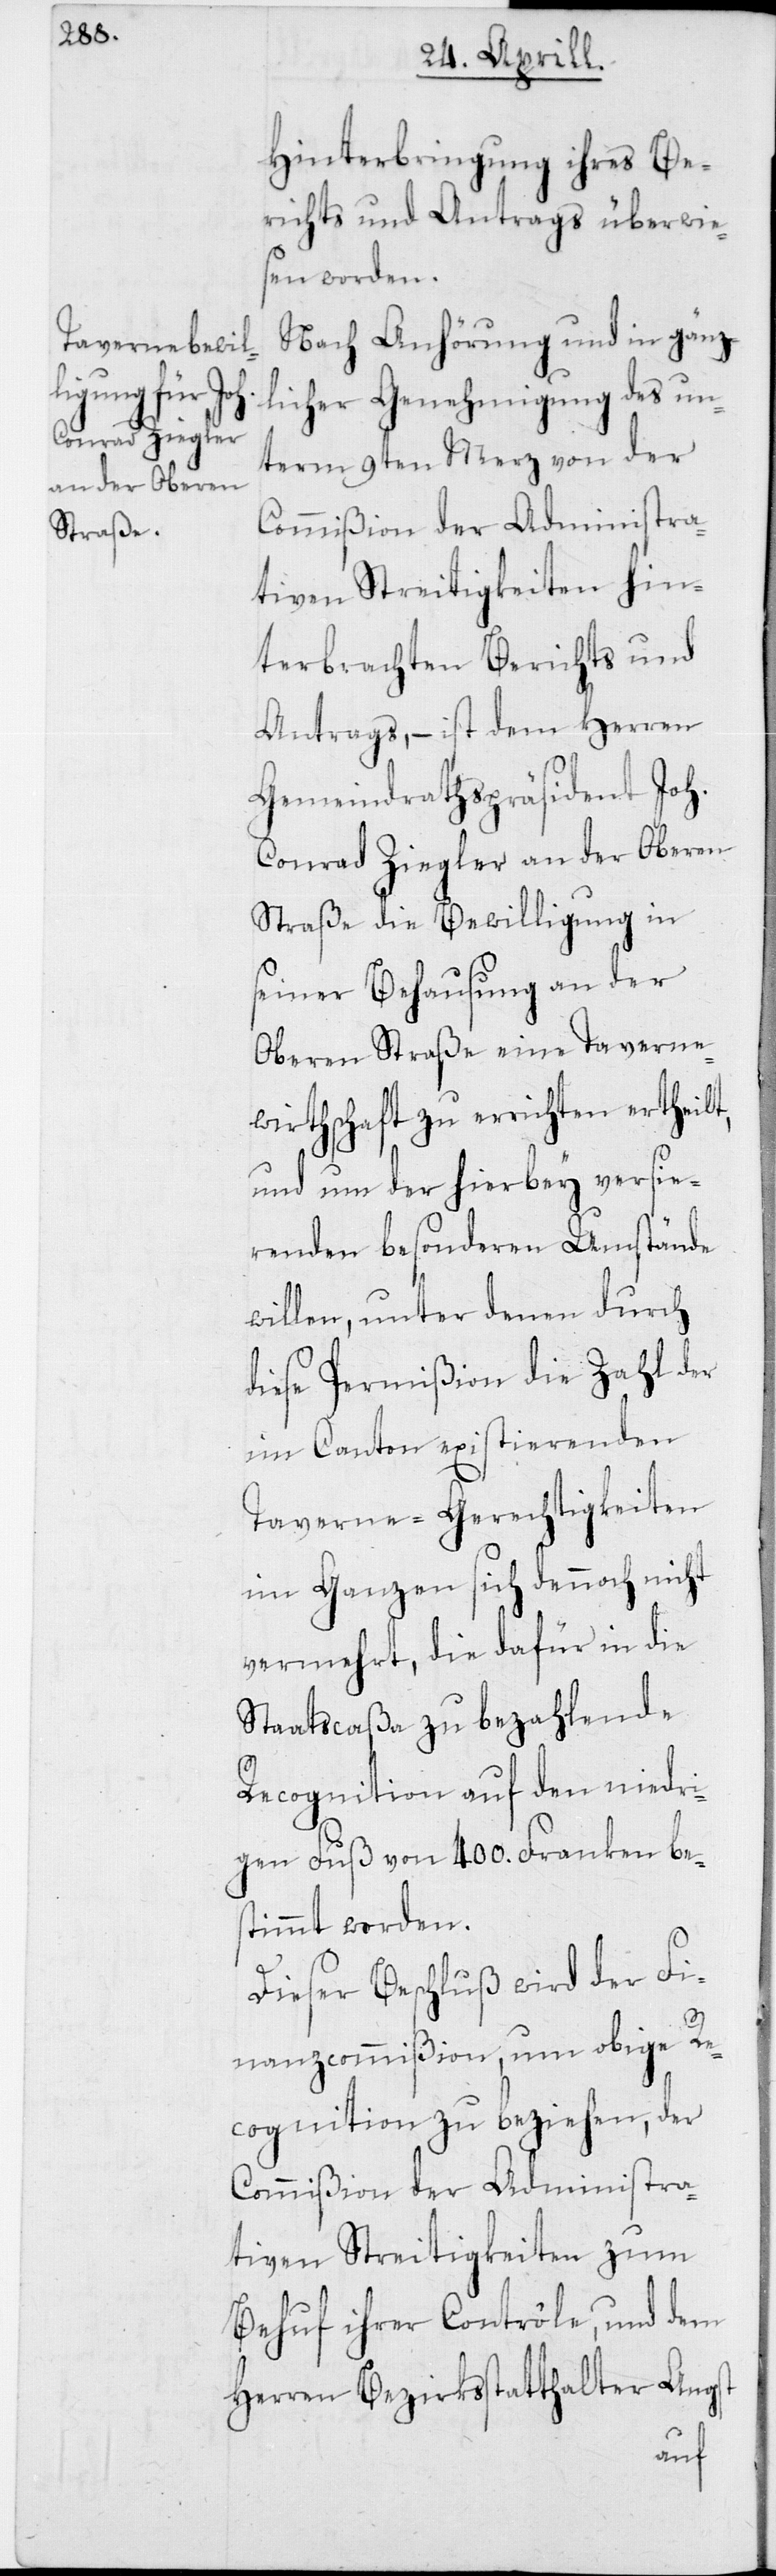
Hinterbringung ihres Be¬
richts und Antrags überwie¬
sen worden.
Nach Anhörung und in gänz¬
licher Genehmigung des un¬
term 9ten Merz von der
Commißion der Administra¬
tiven Streitigkeiten hin¬
terbrachten Berichts und
Antrags, – ist dem Herren
Gemeindrathspräsident Joh.
Conrad Ziegler an der Oberen
Straße die Bewilligung in
seiner Behausung an der
Oberen Straße eine Taverne¬
wirtschaft zu errichten ertheilt,
und um der hierbey versie¬
renden besonderen Umstände
willen, unter denen durch
diese Permißion die Zahl der
im Canton existierenden
Taverne-Gerechtigkeiten
im Ganzen sich dennoch nicht
vermehrt, die dafür in die
Staatscaßa zu bezahlende
Recognition auf den niedri¬
gen Fuß von 400. Franken bes¬
timmt worden.
Dieser Beschluß wird der Fi¬
nanzcommißion, um obige Re¬
cognition zu beziehen, der
Commißion der Administra¬
tiven Streitigkeiten zum
Behuf ihrer Contrôle, und dem
Herren Bezirksstatthalter Angst